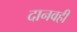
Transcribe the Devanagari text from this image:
दानवही